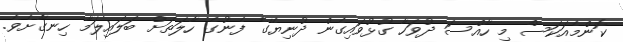
ކޮންމެއަކަސް މި ހާއްސަ ދުވަހާ ގުޅުވައިގެން ދުނިޔޭގެ ފެނުގެ ހާލަތަށް ބަލައިލަމާ ހިނގާށެވެ.